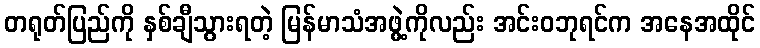
တရုတ်ပြည်ကို နှစ်ချီသွားရတဲ့ မြန်မာသံအဖွဲ့ကိုလည်း အင်းဝဘုရင်က အနေအထိုင်